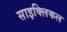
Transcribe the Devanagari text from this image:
साइक्लिकल